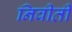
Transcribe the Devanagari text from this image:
निवीती